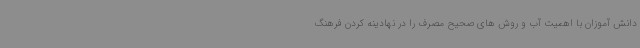
دانش آموزان با اهمیت آب و روش های صحیح مصرف را در نهادینه کردن فرهنگ